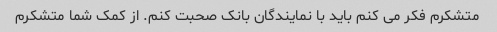
متشکرم فکر می کنم باید با نمایندگان بانک صحبت کنم. از کمک شما متشکرم